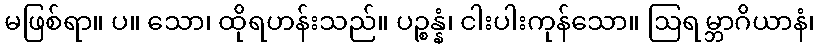
မဖြစ်ရာ။ ပ။ သော၊ ထိုရဟန်းသည်။ ပဉ္စန္နံ၊ ငါးပါးကုန်သော။ ဩရမ္ဘာဂိယာနံ၊